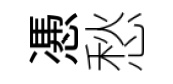
慿愁